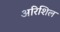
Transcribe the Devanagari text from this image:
अरिशिल